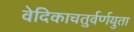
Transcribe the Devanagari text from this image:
वेदिकाचतुर्वर्णयुता